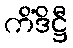
ကိံဒိဋ္ဌီ